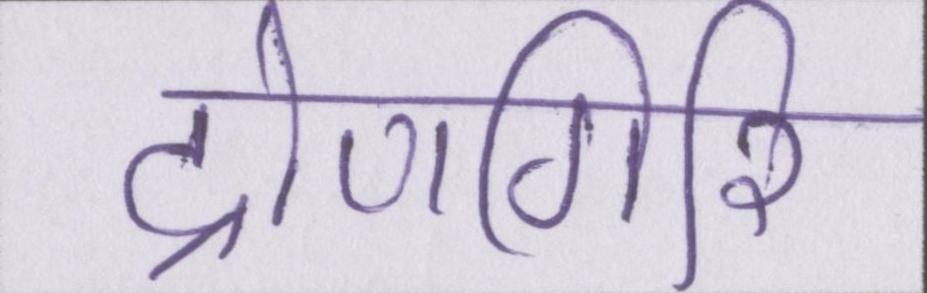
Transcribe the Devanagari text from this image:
द्रोणगिरि